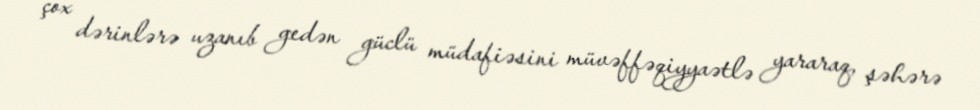
çox dərinlərə uzanıb gedən güclü müdafiəsini müvəffəqiyyaətlə yararaq, şəhərə